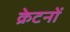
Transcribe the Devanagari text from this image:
क्रेटनों